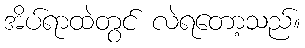
အိပ်ရာထဲတွင် လဲရတော့သည်။